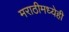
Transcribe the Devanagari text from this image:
मराठीमध्येही